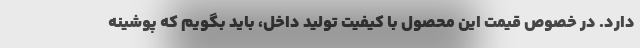
دارد. در خصوص قیمت این محصول با کیفیت تولید داخل، باید بگویم که پوشینه